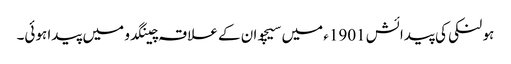
ہو لنکی کی پیدائش 1901ء میں سیچوان کے علاقہ چینگدو میں پیدا ہوئی۔